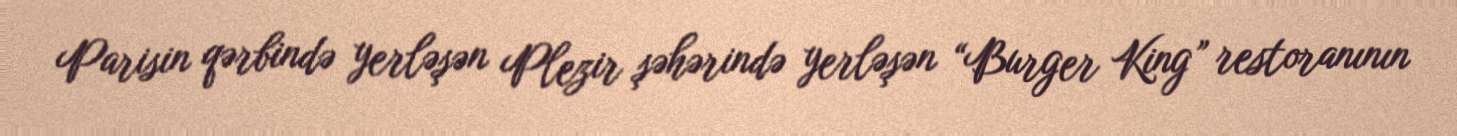
Parisin qərbində yerləşən Plezir şəhərində yerləşən “Burger King” restoranının